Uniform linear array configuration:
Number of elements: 24
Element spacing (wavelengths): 1
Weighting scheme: hann
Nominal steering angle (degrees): -60
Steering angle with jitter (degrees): -59.403
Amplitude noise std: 0.05
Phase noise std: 0.05

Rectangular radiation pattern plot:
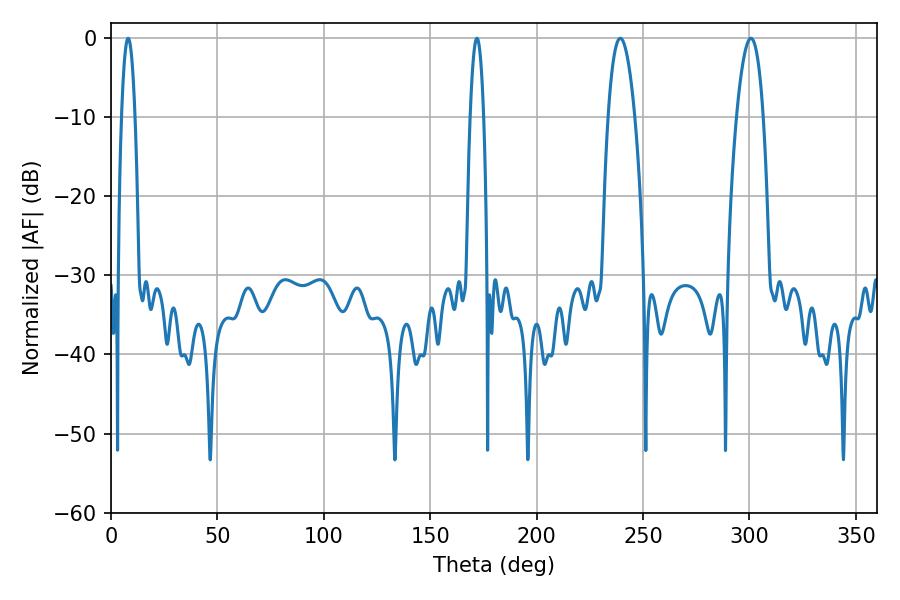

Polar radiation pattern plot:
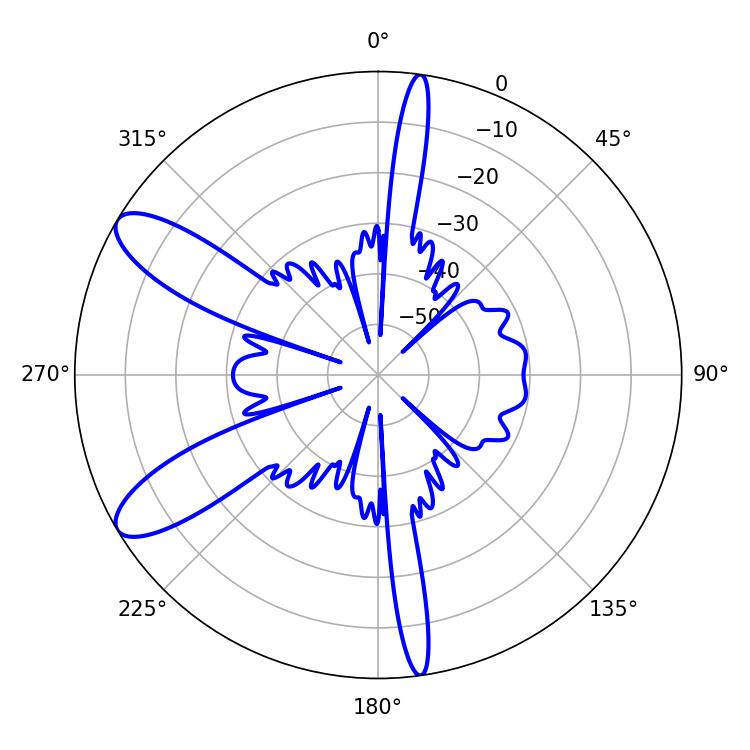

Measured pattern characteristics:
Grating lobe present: TRUE
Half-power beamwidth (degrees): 7.02
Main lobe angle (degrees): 239.22